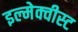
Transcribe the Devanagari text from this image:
इल्मेक्वीस्ट